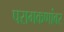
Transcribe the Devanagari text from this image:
परागकणांवर